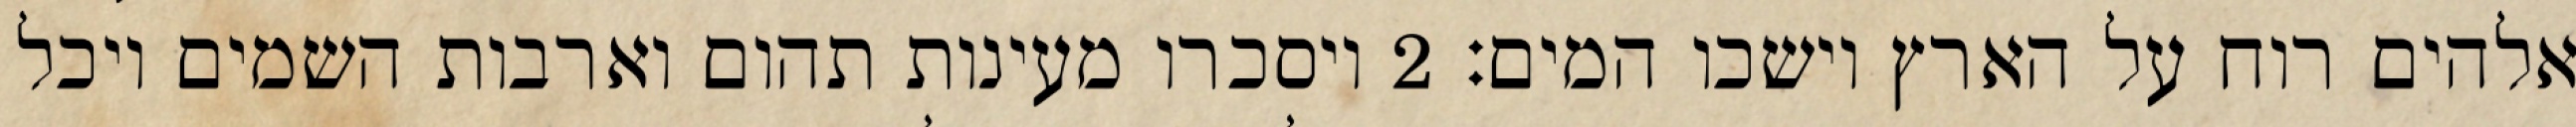
אלהים רוח על הארץ וישכו המים׃ ‎2‏ ויסכרו מעינות תהום וארבות השמים ויכל